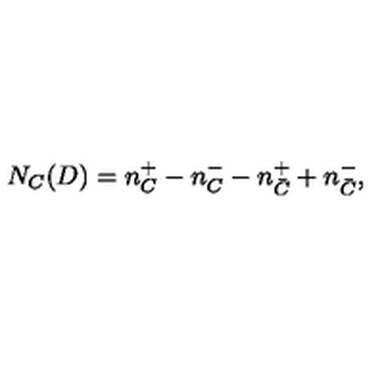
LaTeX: N _ { C } ( D ) = n _ { C } ^ { + } - n _ { C } ^ { - } - n _ { \bar { C } } ^ { + } + n _ { \bar { C } } ^ { - } ,